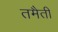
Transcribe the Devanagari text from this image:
तमैती